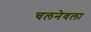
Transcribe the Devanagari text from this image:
चलनेवला